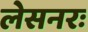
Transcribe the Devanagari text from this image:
लेसनरः